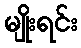
မျိုးရင်း